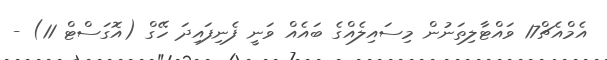
އެމްއެޗް17 ވައްޓާލިތަނުން މިސައިލެއްގެ ބައެއް ވަނީ ފެނިފައިދަ ހޭގް (އޮގަސްޓް 11) -